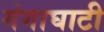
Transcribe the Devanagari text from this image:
गंगाघाटी